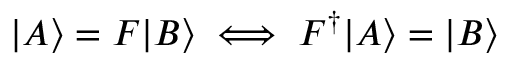
| A \rangle = F | B \rangle \iff F ^ { \dagger } | A \rangle = | B \rangle